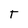
Character: t